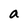
Character: a